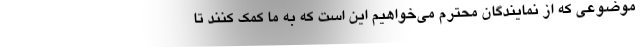
موضوعی که از نمایندگان محترم می‌خواهیم این است که به ما کمک کنند تا